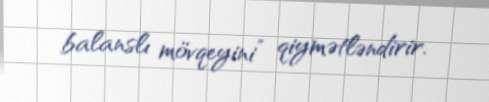
balanslı mövqeyini” qiymətləndirir.